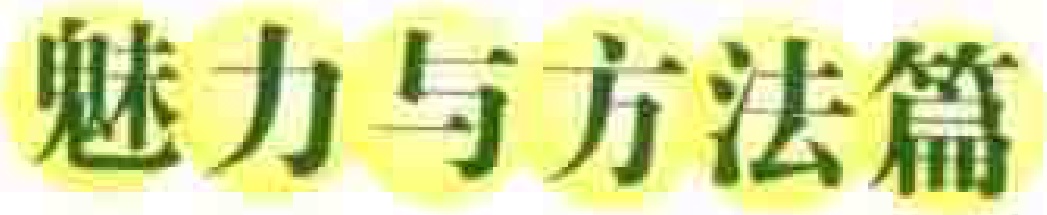
魅力与方法篇